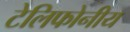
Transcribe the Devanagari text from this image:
टेलिफोनीय